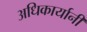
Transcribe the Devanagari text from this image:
अधिकार्यानी